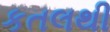
કતલથી